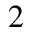
^ 2